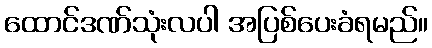
ထောင်ဒဏ်သုံးလပါ အပြစ်ပေးခံရမည်။